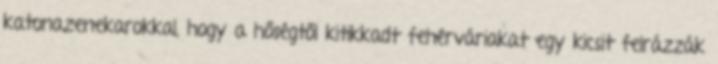
katonazenekarokkal, hogy a hőségtől kitikkadt fehérváriakat egy kicsit felrázzák